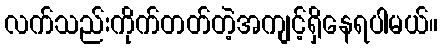
လက်သည်းကိုက်တတ်တဲ့အကျင့်ရှိနေရပါမယ်။